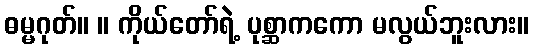
ဓမ္မဂုတ်။ ။ ကိုယ်တော်ရဲ့ ပုစ္ဆာကကော မလွယ်ဘူးလား။